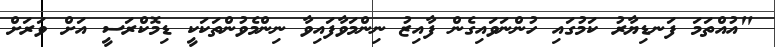
"އުއްތަމަ ފަނޑިޔާރު ކަމުގައި ހުންނަވައިގެން ފާއިޒު ނިންމަވާފައިވާ ނިންމެވުންތަކަކީ ޑިމޮކްރަސީ އަށް ވަރަށް